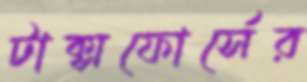
টাক্সফোর্সের